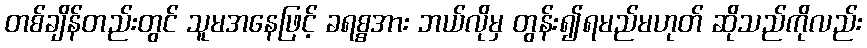
တစ်ချိန်တည်းတွင် သူမအနေဖြင့် ခရစ္စအား ဘယ်လိုမှ တွန်း၍ရမည်မဟုတ် ဆိုသည်ကိုလည်း